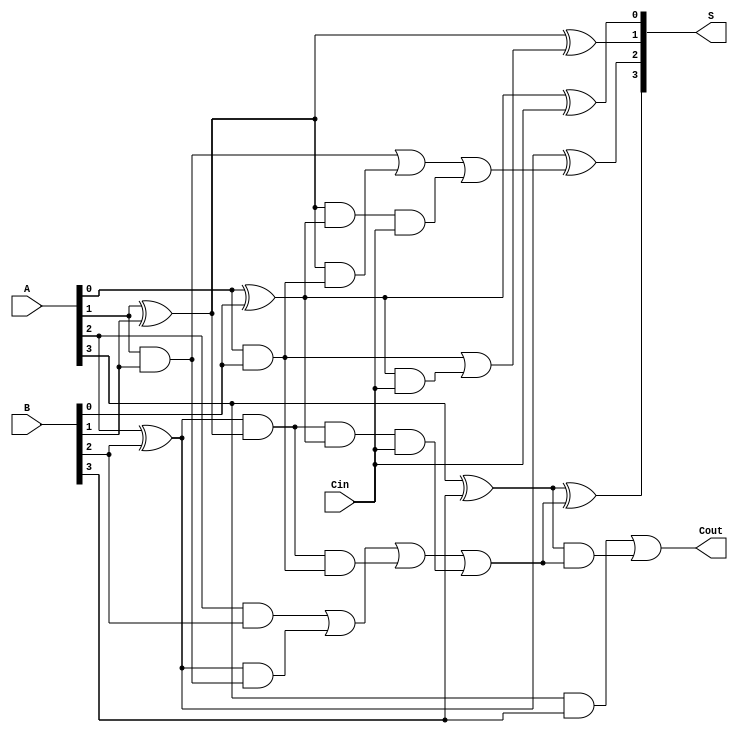
module CILA #(parameter N = 4) (
    input  [N-1:0] A,    // First operand
    input  [N-1:0] B,    // Second operand
    input          Cin,   // Carry-in
    output [N-1:0] S,    // Sum output
    output         Cout    // Carry-out
);

    // Intermediate signals for generate and propagate
    wire [N-1:0] G; // Generate
    wire [N-1:0] P; // Propagate
    wire [N:0] C;   // Carry signals

    // Generate and propagate logic
    genvar i;
    generate
        for (i = 0; i < N; i = i + 1) begin: gen_prop
            assign G[i] = A[i] & B[i]; // Generate
            assign P[i] = A[i] ^ B[i]; // Propagate
        end
    endgenerate

    // Carry signal calculations using lookahead logic
    assign C[0] = Cin; // C[0] is the initial carry-in
    assign C[1] = G[0] | (P[0] & Cin);
    assign C[2] = G[1] | (P[1] & G[0]) | (P[1] & P[0] & Cin);
    assign C[3] = G[2] | (P[2] & G[1]) | (P[2] & P[1] & G[0]) | (P[2] & P[1] & P[0] & Cin);
    
    // Extend the carry logic for more bits if N > 4
    generate
        for (i = 4; i < N; i = i + 1) begin: carry_logic
            assign C[i] = G[i-1] | (P[i-1] & C[i-1]);
        end
    endgenerate

    // Sum calculation
    generate
        for (i = 0; i < N; i = i + 1) begin: sum_logic
            assign S[i] = P[i] ^ C[i]; // Sum
        end
    endgenerate

    // Carry-out calculation
    assign Cout = G[N-1] | (P[N-1] & C[N-1]);

endmodule